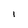
Character: I